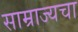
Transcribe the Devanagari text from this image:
साम्राज्यचा